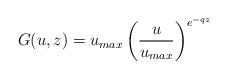
LaTeX: \begin{align*}G(u,z)=u_{max}\left(\frac{u}{u_{max}}\right)^{e^{-qz}}\end{align*}